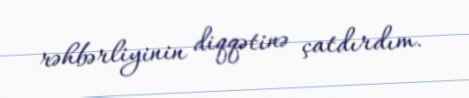
rəhbərliyinin diqqətinə çatdırdım.